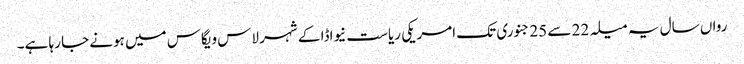
رواں سال یہ میلہ 22 سے 25 جنوری تک امریکی ریاست نیواڈا کے شہر لاس ویگاس میں ہونے جا رہا ہے۔